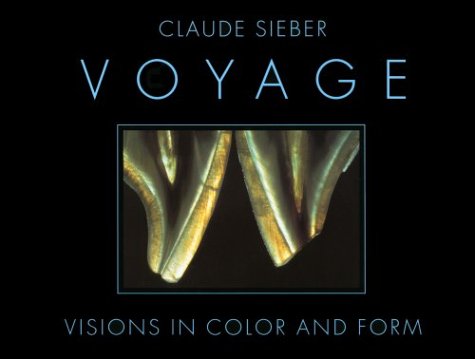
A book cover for Voyage: Visions in Color and Form; Claude Sieber; Medical Books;